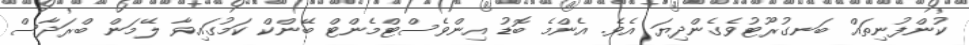
ކުންފުނިތައް ބަނގުރޫޓުވެގެންދިޔަ އެވެ. އެންމެ ބޮޑު އިންވެސްޓްމެންޓް ބޭންކް ކަމުގައިވާ ލޭމަން ބްރަދާސް